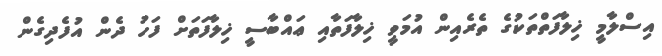
އިސްލާމީ ޚިލާފަތްތަކުގެ ތެރެއިން އުމަވީ ޚިލާފަތާއި ޢައްބާސީ ޚިލާފަތަށް ފަހު ދެން އުފެދިގެން